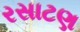
રસાટણ